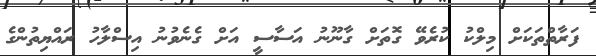
ފަރާތްތަކަށް މިލްކު ކުރެވޭ ގޮތަށް ގާނޫނު އަސާސީ އަށް ގެނެވުނު އިސްލާހު ރައްޔިތުންގެ